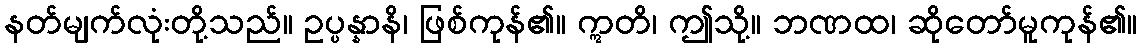
နတ်မျက်လုံးတို့သည်။ ဥပ္ပန္နာနိ၊ ဖြစ်ကုန်၏။ ဣတိ၊ ဤသို့။ ဘဏထ၊ ဆိုတော်မူကုန်၏။